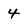
Character: 4